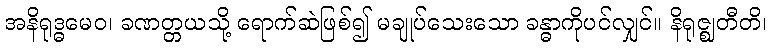
အနိရုဒ္ဓမေဝ၊ ခဏတ္တယသို့ ရောက်ဆဲဖြစ်၍ မချုပ်သေးသော ခန္ဓာကိုပင်လျှင်။ နိရုဇ္ဈတီတိ၊